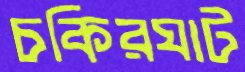
চকিরঘাট